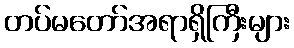
တပ်မတော်အရာရှိကြီးများ